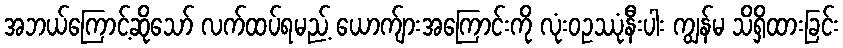
အဘယ်ကြောင့်ဆိုသော် လက်ထပ်ရမည့် ယောက်ျားအကြောင်းကို လုံးဝဥဿုံနီးပါး ကျွန်မ သိရှိထားခြင်း